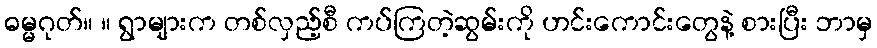
ဓမ္မဂုတ်။ ။ ရွာများက တစ်လှည့်စီ ကပ်ကြတဲ့ဆွမ်းကို ဟင်းကောင်းတွေနဲ့ စားပြီး ဘာမှ